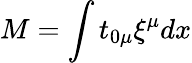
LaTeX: M=\int t_{0\mu}\xi^{\mu}dx